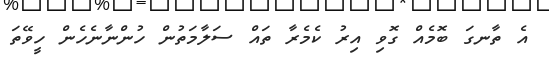
އެ ތާނގަ ބޮމެއް ގޮވި އިރު ކެމެރާ ތައް ސަލާމަތުން ހުންނާނެހެން ހީވޭތަ